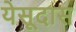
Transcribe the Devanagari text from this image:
येसूदास